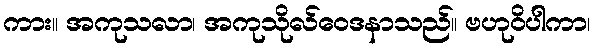
ကား။ အကုသလာ၊ အကုသိုလ်ဝေဒနာသည်။ ဗဟုဝိပါကာ၊